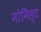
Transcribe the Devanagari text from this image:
मोनिस्ट